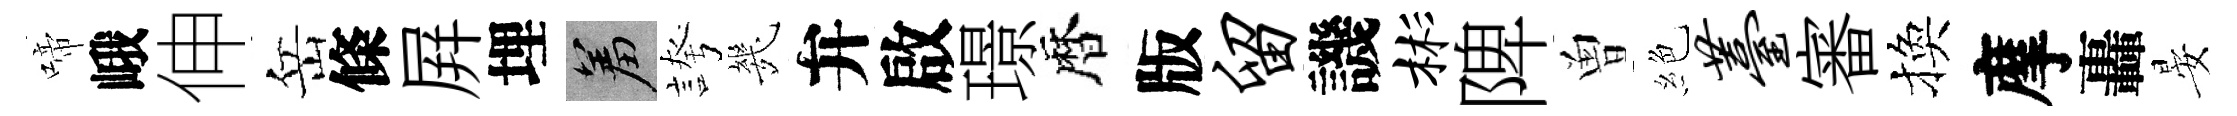
啼峨伸岳條屛埋羞誇㡬弁啟璟暦版留譏彬陴曽絶薹審換摩轟晏